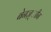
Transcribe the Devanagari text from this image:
बेनज़्ाीन